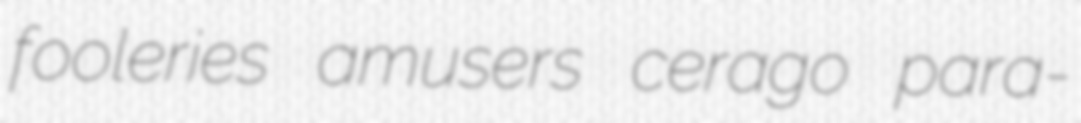
fooleries amusers cerago para-